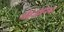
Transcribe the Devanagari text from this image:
नौइंजीनियर